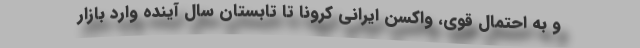
و به احتمال قوی، واکسن ایرانی کرونا تا تابستان سال آینده وارد بازار